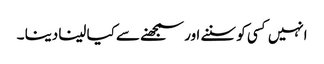
انہیں کسی کو سننے اور سمجھنے سے کیا لینا دینا ۔